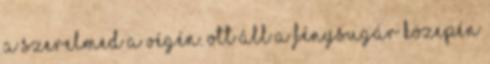
a szerelmed a végén. Ott áll a fénysugár közepén